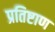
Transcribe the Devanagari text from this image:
प्रतिष्टाण